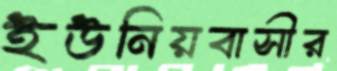
ইউনিয়বাসীর